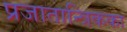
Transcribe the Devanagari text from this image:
प्रजातान्त्रिकका